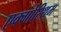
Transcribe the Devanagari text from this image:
एक्गोरिथम